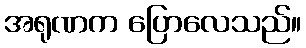
အရုဏက ပြောလေသည်။